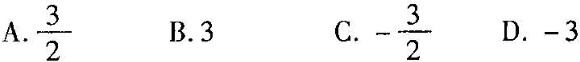
A.\frac{3}{2} B.3 C .- \frac{3}{2} D.-3